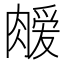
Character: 𫆫